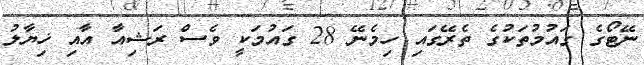
ނޭޓޯގެ ގައުމުތަކުގެ ތެރޭގައި ހިމެނޭ 28 ގައުމަކީ ވެސް ރަޝިއާ އާއި ޚިޔާލު